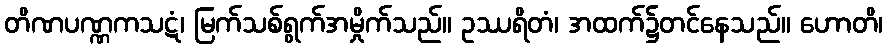
တိဏပဏ္ဏကသဋံ၊ မြက်သစ်ရွက်အမှိုက်သည်။ ဥဿရိတံ၊ အထက်၌တင်နေသည်။ ဟောတိ၊